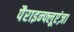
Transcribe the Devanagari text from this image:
पैराइन्फ्लूएंज़ा